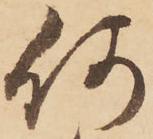
何